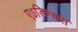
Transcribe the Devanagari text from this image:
एऽडिन्बरा